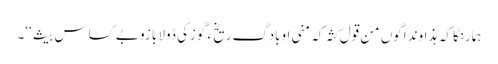
ہمارنگا کہ ہذاوند اگوں من قول کثہ کہ منی اوبادگ ریخ ءِ گوزکی ڈولا بازو بے کساس بیث‘‘۔